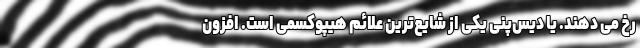
رخ می دهند. یا دیس‌پنی یکی از شایع‌ترین علائم هیپوکسمی است. افزون